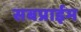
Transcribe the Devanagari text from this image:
सबप्राईम